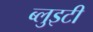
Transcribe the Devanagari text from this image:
ब्लुइटी